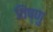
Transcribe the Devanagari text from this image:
विंष्णु